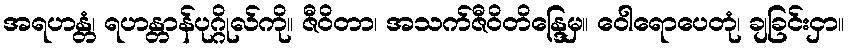
အရဟန္တံ၊ ရဟန္တာန်ပုဂ္ဂိုလ်ကို။ ဇီဝိတာ၊ အသက်ဇီဝိတိန္ဒြေမှ။ ဝေါရောပေတုံ၊ ချခြင်းငှာ။